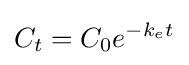
C_{t}=C_{0}e^{-k_{e}t}